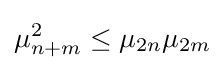
\mu _{n+m}^{2}\leq \mu _{2n}\mu _{2m}